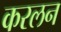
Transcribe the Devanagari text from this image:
करलन